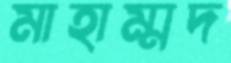
মাহাম্মদ